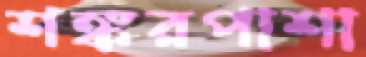
শঙ্করপাশা